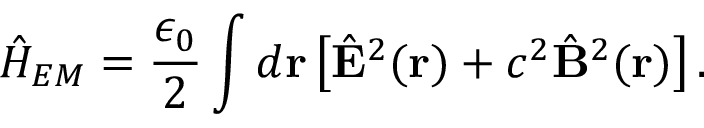
\hat { H } _ { E M } = \frac { \epsilon _ { 0 } } { 2 } \int d \mathbf { r } \left[ \hat { \mathbf { E } } ^ { 2 } ( \mathbf { r } ) + c ^ { 2 } \hat { \mathbf { B } } ^ { 2 } ( \mathbf { r } ) \right] .